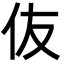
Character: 伖